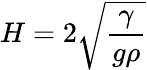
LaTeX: H=2{\sqrt{\frac{\gamma}{g\rho}}}